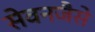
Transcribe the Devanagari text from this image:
सेवनजैसे